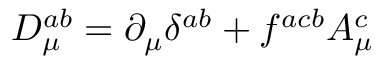
D _ { \mu } ^ { a b } = \partial _ { \mu } \delta ^ { a b } + f ^ { a c b } A _ { \mu } ^ { c }